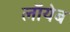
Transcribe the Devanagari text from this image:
लाॅयेब